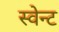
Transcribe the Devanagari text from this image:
स्वेन्ट